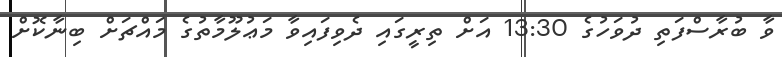
ވާ ބުރާސްފަތި ދުވަހުގެ 13:30 އަށް ތިރީގައި ދެވިފައިވާ މަޢުލޫމާތުގެ މައްޗަށް ބިނާކޮށް